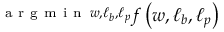
\substack { \mathrm { ~ a ~ r ~ g ~ m ~ i ~ n ~ } \, \boldsymbol { w } , \boldsymbol { \ell _ { b } } , \boldsymbol { \ell _ { p } } } f \left( \boldsymbol { w } , \boldsymbol { \ell _ { b } } , \boldsymbol { \ell _ { p } } \right)